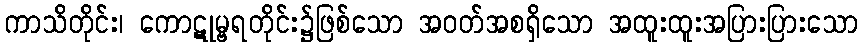
ကာသိတိုင်း၊ ကောဋုမ္ဗရတိုင်း၌ဖြစ်သော အဝတ်အစရှိသော အထူးထူးအပြားပြားသော